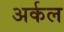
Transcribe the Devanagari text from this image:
अर्कल